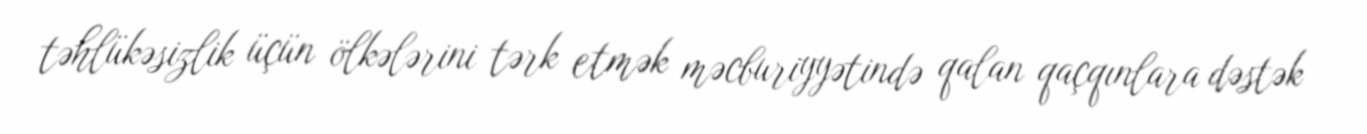
təhlükəsizlik üçün ölkələrini tərk etmək məcburiyyətində qalan qaçqınlara dəstək